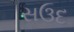
સઉદ